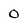
Character: 0